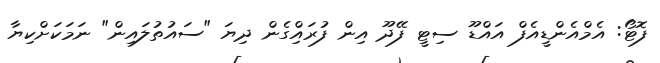
ފޮޓޯ: އެމްއެންޑީއެފް އައްޑޫ ސިޓީ ފޭދޫ އިން ފުރައްިގެން ދިޔަ "ސައުތުލައިން" ނަމަކަށްކިޔާ